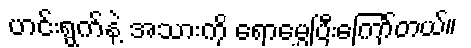
ဟင်းရွက်နဲ့ အသားကို ရောမွှေပြီးကြော်တယ်။